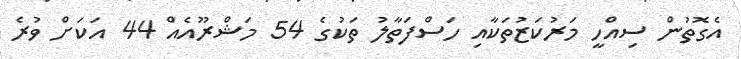
އެގޮތުން ސިއްހީ މަރުކަޒުތަކާއި ހަސްފަތާލު ތަކުގެ 54 މަޝްރޫއެއް 44 އަކަށް ވުރެ